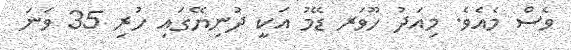
ވެސް މެއެވެ. މިއަދު ހޫވަރ ޑޭމު އަކީ ދުނިޔޭގައި ހުރި 35 ވަނަ